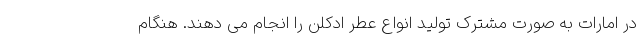
در امارات به صورت مشترک تولید انواع عطر ادکلن را انجام می دهند. هنگام